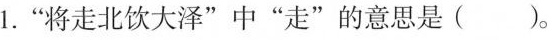
1.”将走北饮大泽”中”走”的意思是()。